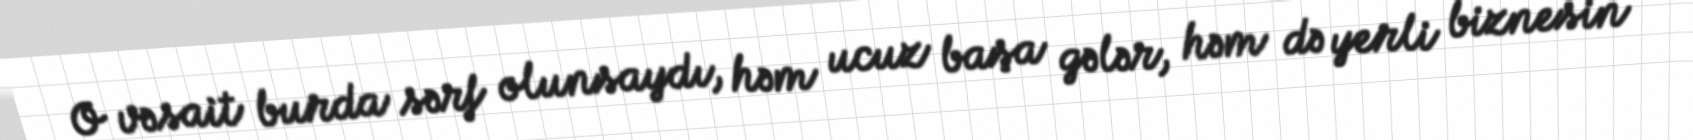
O vəsait burda sərf olunsaydı, həm ucuz başa gələr, həm də yerli biznesin